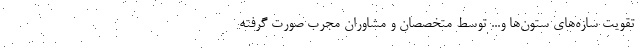
تقویت سازه‌های ستون‌ها و... توسط متخصصان و مشاوران مجرب صورت گرفته